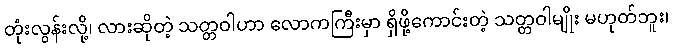
တုံးလွန်းလို့၊ လားဆိုတဲ့ သတ္တဝါဟာ လောကကြီးမှာ ရှိဖို့ကောင်းတဲ့ သတ္တဝါမျိုး မဟုတ်ဘူး၊